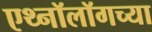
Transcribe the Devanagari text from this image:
एथ्नॉलॉगच्या